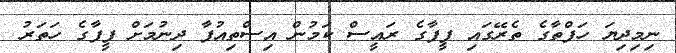
ނިމިދިޔަ ހަފްތާގެ ތެރޭގައި ފީފާގެ ރައީސް ކަމުން އިސްތިއުފާ ދިނުމަށް ފީފާގެ ހަތަރު